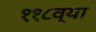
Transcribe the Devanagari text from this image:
११८व्या